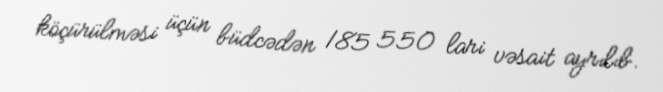
köçürülməsi üçün büdcədən 185 550 lari vəsait ayrılıb.